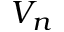
V _ { n }